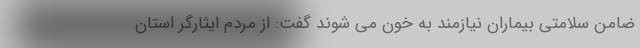
ضامن سلامتی بیماران نیازمند به خون می شوند گفت: از مردم ایثارگر استان